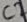
Text: C2